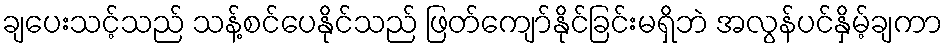
ချပေးသင့်သည် သန့်စင်ပေနိုင်သည် ဖြတ်ကျော်နိုင်ခြင်းမရှိဘဲ အလွန်ပင်နှိမ့်ချကာ